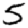
Digit: 5